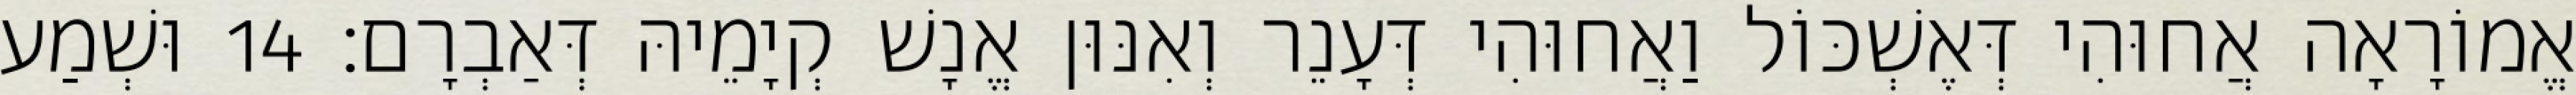
אֱמוֹרָאָה אֲחוּהִי דְּאֶשְׁכּוֹל וַאֲחוּהִי דְּעָנֵר וְאִנּוּן אֱנָשׁ קְיָמֵיהּ דְּאַבְרָם׃ 14 וּשְׁמַע